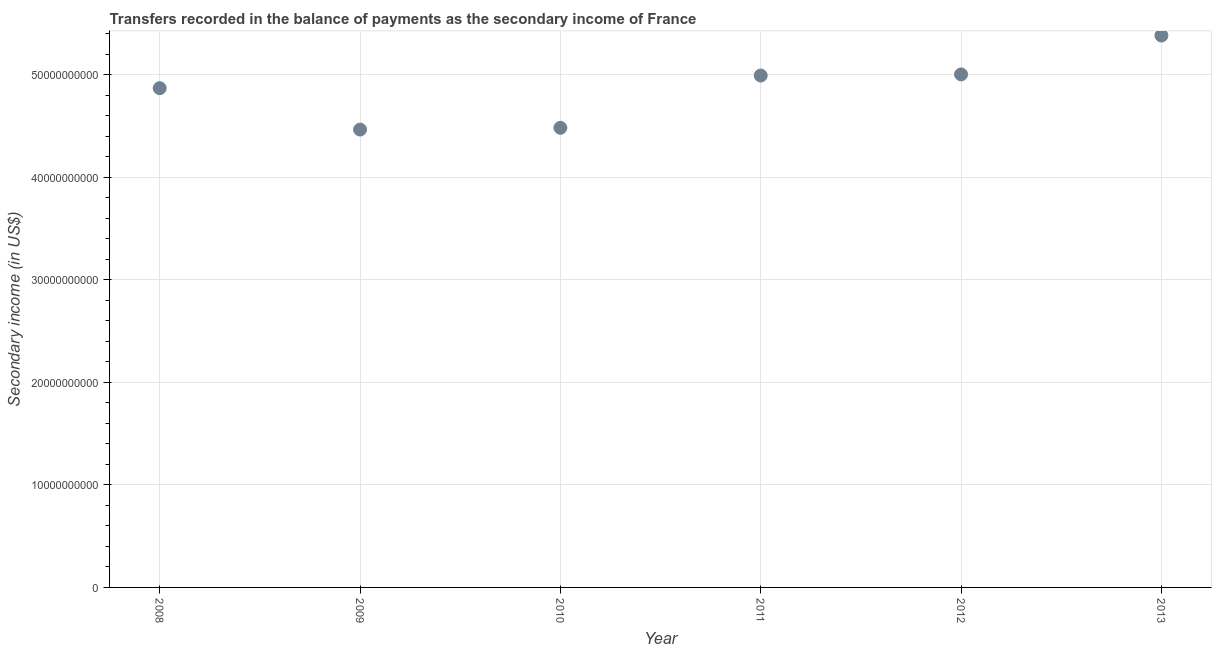
| Year | Secondary income |
 | --- | --- |
 | 2008 | 4.87e+10 |
 | 2009 | 4.46e+10 |
 | 2010 | 4.48e+10 |
 | 2011 | 4.99e+10 |
 | 2012 | 5e+10 |
 | 2013 | 5.38e+10 |